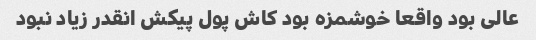
عالی بود واقعا خوشمزه بود کاش پول پیکش انقدر زیاد نبود